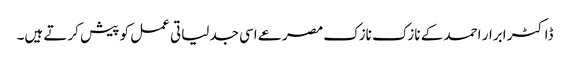
ڈاکٹر ابرار احمد کے نازک نازک مصرعے اسی جدلیاتی عمل کو پیش کرتے ہیں۔